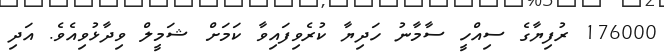
176000 ރުފިޔާގެ ސިއްހީ ސާމާނު ހަދިޔާ ކުރެވިފައިވާ ކަމަށް ޝަމީލް ވިދާޅުވިއެވެ. އަދި